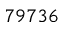
7 9 7 3 6